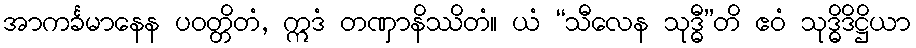
အာကင်္ခမာနေန ပဝတ္တိတံ, ဣဒံ တဏှာနိဿိတံ။ ယံ “သီလေန သုဒ္ဓီ”တိ ဧဝံ သုဒ္ဓိဒိဋ္ဌိယာ